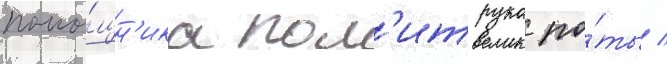
помо́щн'ика пол'итрука ро́ты /